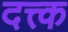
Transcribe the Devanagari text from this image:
दत्त्क